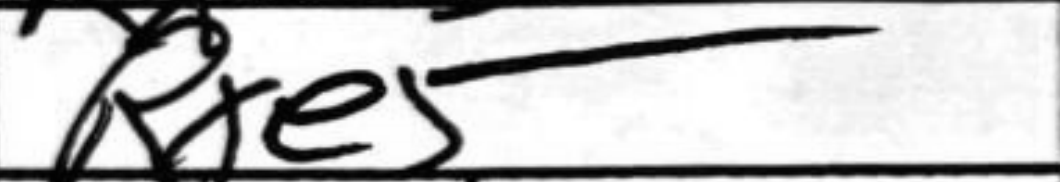
Transcription: Rxe5